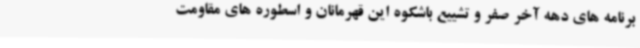
برنامه های دهه آخر صفر و تشییع باشکوه این قهرمانان و اسطوره های مقاومت